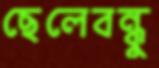
ছেলেবন্ধু